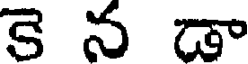
కె న డా